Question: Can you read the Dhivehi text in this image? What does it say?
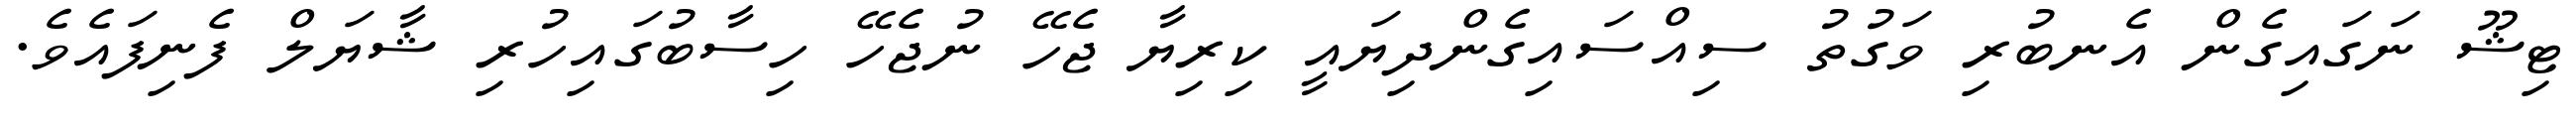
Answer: ޓިޝޫ ނަގައިގެން އެނބުރި ވަގުތު ސިއްސައިގެންދިޔައީ ކިރިޔާ ޖެހޭ ނުޖެހޭ ހިސާބުގައިހުރި ޝާޔަލް ފެނިފައެވެ.